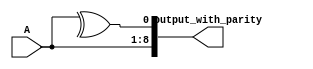
module even_parity_generator(

	input [7:0]A,
	output [8:0]output_with_parity

	);

	wire parity;
	assign parity = ^A ;

	assign output_with_parity = {A,parity};


endmodule